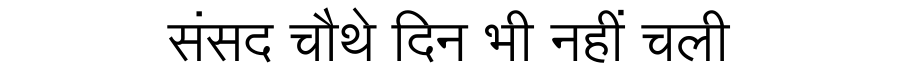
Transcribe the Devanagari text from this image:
संसद चौथे दिन भी नहीं चली